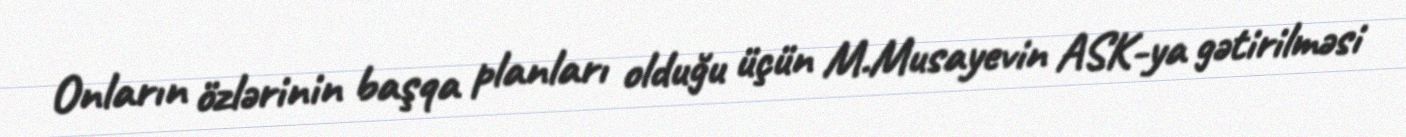
Onların özlərinin başqa planları olduğu üçün M.Musayevin ASK-ya gətirilməsi